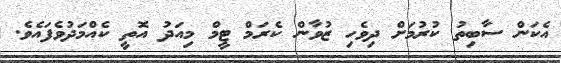
އެކަން ސާބިތު ކުރުމަށް ދިވެހި ޒުވާން ކެރަމް ޓީމް މިއަދު އޮތީ ކެއްމަދުވެފައެވެ.